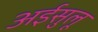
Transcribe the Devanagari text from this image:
अईसुलू